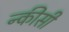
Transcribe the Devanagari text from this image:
न्कीसी